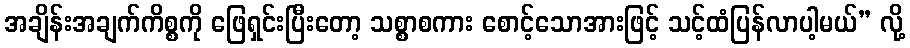
အချိန်းအချက်ကိစ္စကို ဖြေရှင်းပြီးတော့ သစ္စာစကား စောင့်သောအားဖြင့် သင့်ထံပြန်လာပါ့မယ်” လို့